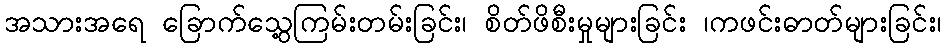
အသားအရေ ခြောက်သွေ့ကြမ်းတမ်းခြင်း၊ စိတ်ဖိစီးမှုများခြင်း ၊ကဖင်းဓာတ်များခြင်း၊